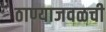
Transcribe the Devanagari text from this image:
ठाण्याजवळची